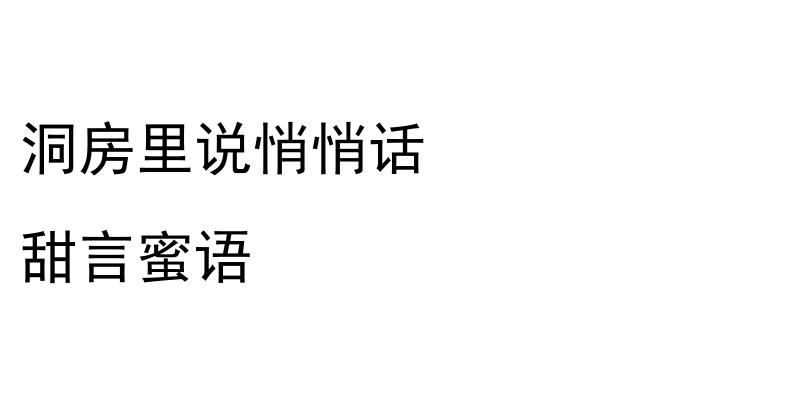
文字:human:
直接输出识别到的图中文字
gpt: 洞房里说悄悄话 甜言蜜语